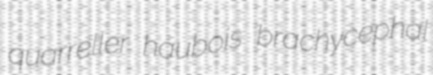
quarreller haubois brachycephal